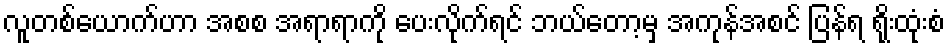
လူတစ်ယောက်ဟာ အစစ အရာရာကို ပေးလိုက်ရင် ဘယ်တော့မှ အကုန်အစင် ပြန်ရ ရိုးထုံးစံ